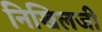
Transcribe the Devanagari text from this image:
निखिलजी